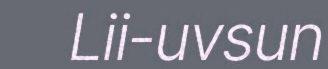
Lii-uvsun